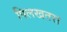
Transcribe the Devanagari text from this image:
पिलखतरा